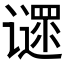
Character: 𬤪